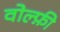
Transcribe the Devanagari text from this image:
वोल्फ़ी